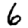
Digit: 6